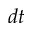
d t